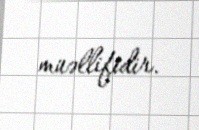
müəllifidir.